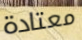
معتادة